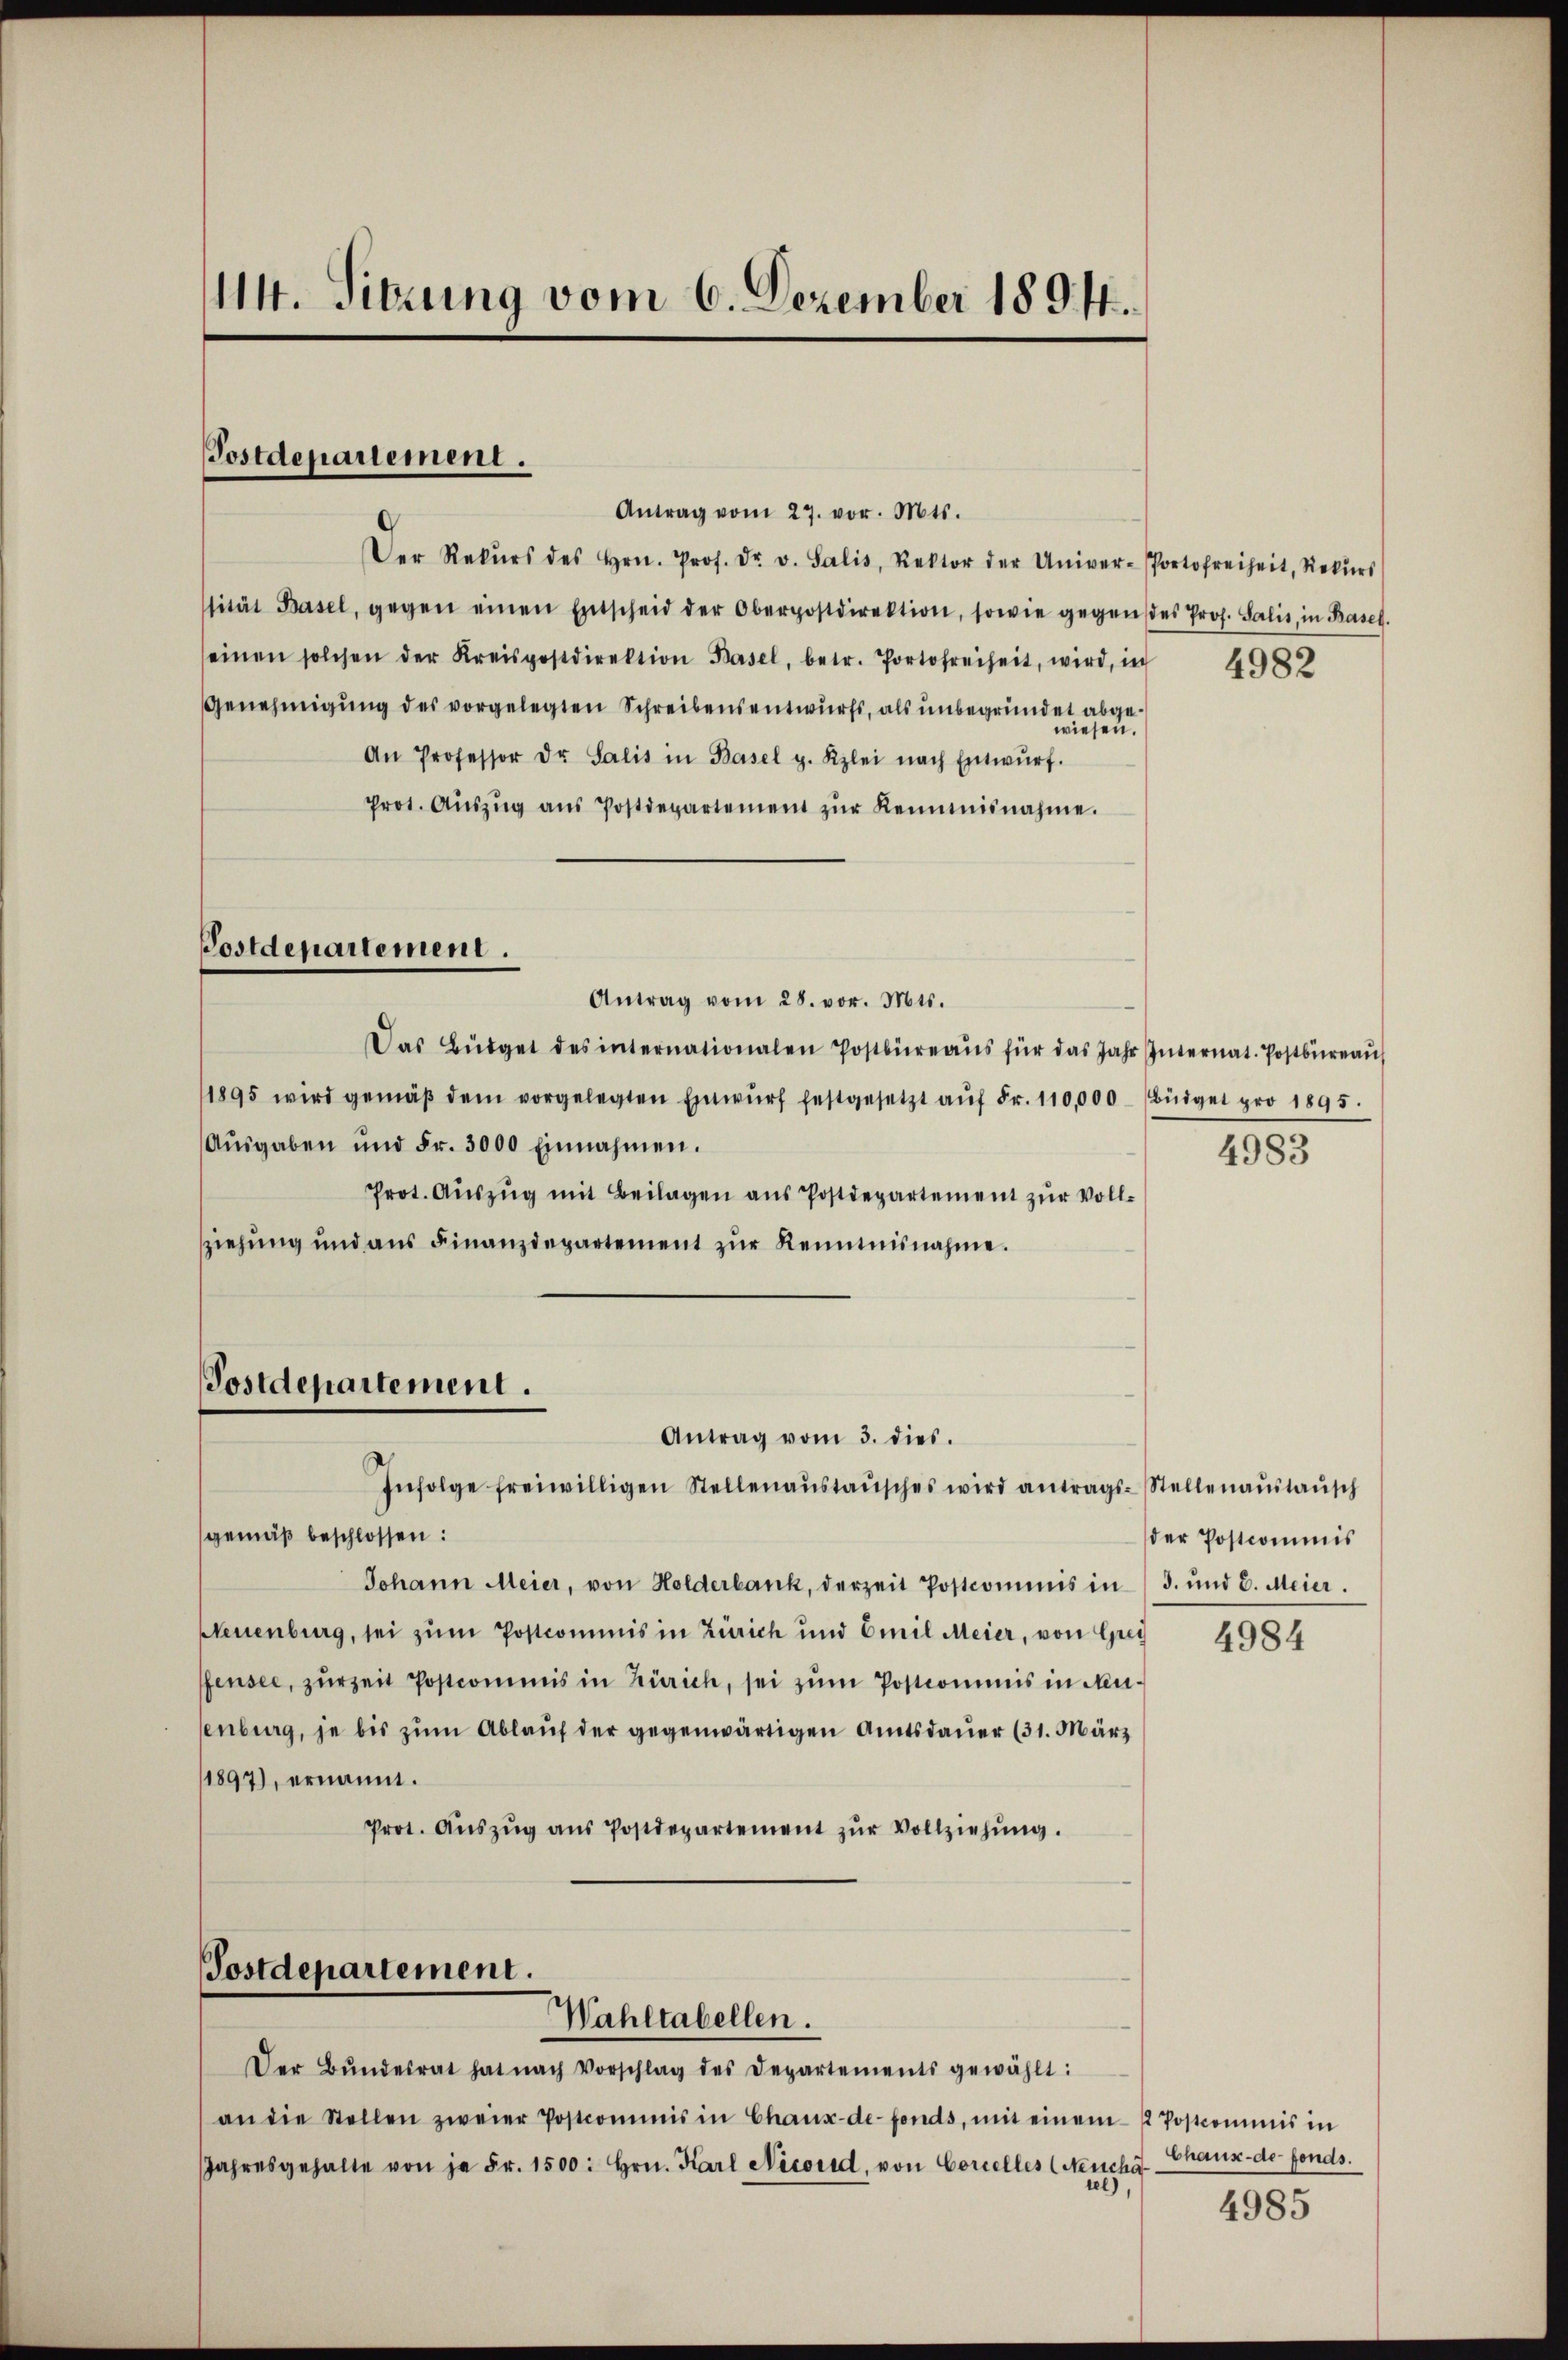
114. Sitzung vom 6. Dezember 189. 41.

Postdepariement.

Antrag vom 27. vor. Mts.
Der Rekŭrs des Hrn. Prof. Dr. v. Salis, Rektor der Univer-Portofreiheit, Rekŭrs
sität Basel, gegen einen Entscheid der Oberpostdirektion, sowie gegen des Prof. Salis, in Basel.
seinen solchen der Kreispostdirektion Basel, betr. Portofreiheit, wird, in
Genehmigung des vorgelegten Schreibensentwurfs, als unbegründet abgewiesen.
An Professor Dr. Salis in Basel p. Kzlei nach Entwŭrf.
Prot. Aŭszŭg aŭs Postdepartement zŭr Reinmisnahme.
Postdepartement.
Antrag vom 28. vor. Mts.
Das Büdget des internationalen Postbüreaŭs für das Jahr Internat. Postbüreaŭ
1895 wird gemäβ dem vorgelegten Einwŭrf festgesetzt aŭf Fr. 110,000 (Büdget pro 1895.
Aŭsgaben und Fr. 3000 Einnahmen.
Prot. Auszug mit Beilagen aus Postdepartement zur Vollziehung und ans Finanzdepartement zŭr Kenntnisnahme.

Postdepartement.

Postdepartement.
Wahltabellen.

Antrag vom 3. dies.

Der Bŭndesrat hat nach Vorschlag des Departements gewählt:
an die Stellen zweier Postcommis in Chaux-de-Fonds, mit einem 2 Postcommis in
Jahresgehalte von je Fr. 1500. Hrn. Karl Necorid, von Concelles (Neuche

Infolge freiwilligen Stellenaŭstaŭsches wird antrags-Stellenaŭstaŭsch
gemäß beschlossen:
Johann Meier, von Holderbank, derzeit Postcommis in 3. und 8. Meier.
Neuenburg, sei zum Postcommis in Zürich und Emil Meier, von Grei
ffensee, zurzeit Postcommis in Zürich, sei zum Postcommis in Neusenburg, je bis zum Ablauf der gegenwärtigen Amtsdauer (31. März
1897), ernannt.
Prot. Aŭszŭg aŭs Postdepartement zŭr Vollziehŭng.

4982

4983

der Postcommis

4984

Chaux-de-Fonds.

4985